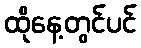
ထိုနေ့တွင်ပင်